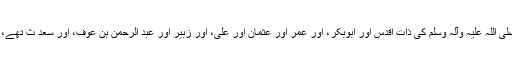
تو آپ نے فرمایا : حضور نبی اکرم صلی اللہ علیہ وآلہ وسلم کی ذات اقدس اور ابوبکر، اور عمر اور عثمان اور علی، اور زبیر اور عبد الرحمن بن عوف، اور سعد ث تھے، ہم نے کہا : سو دسواں آدمی کون ہے؟